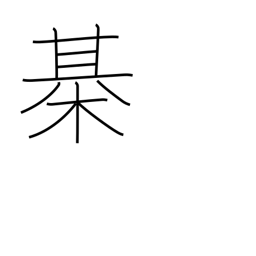
Meaning: Japanese chess